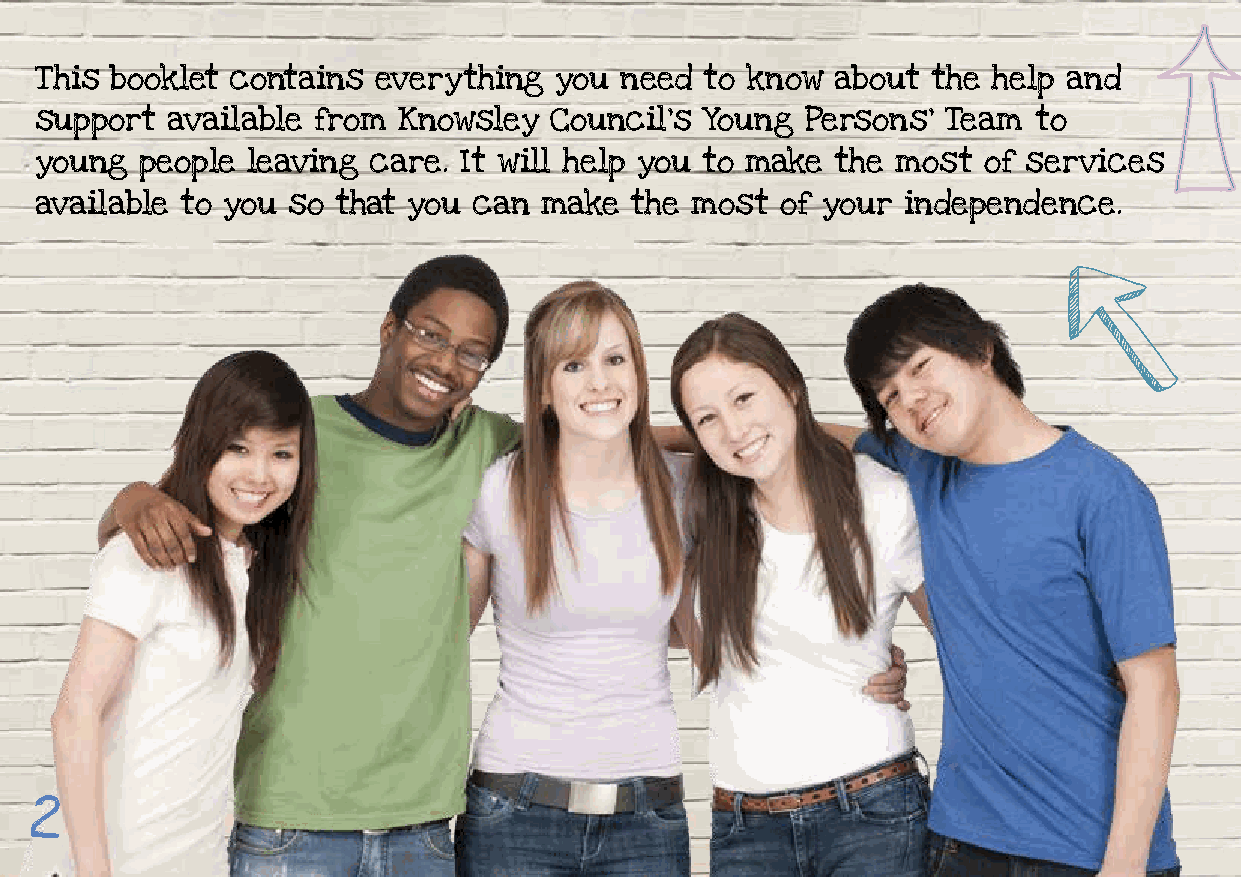
This booklet contains  everything  you need  to know about  the help and
 support  available from Knowsley  Council’s  Young Persons’  Team to
 young  people leaving care. It will help you to make the most  of services
 available to you so that you can  make  the most  of your independence.
 2